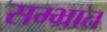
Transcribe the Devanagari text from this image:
सम्भ्रात